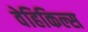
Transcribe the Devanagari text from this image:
वेहिकिल्स